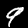
Digit: 9